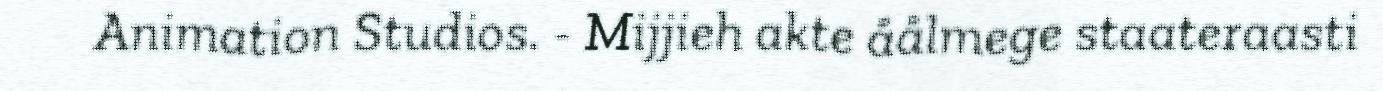
Animation Studios. - Mijjieh akte åålmege staateraasti